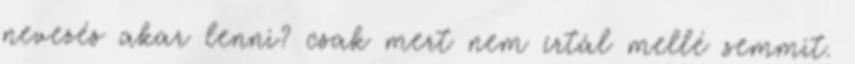
nevezés akar lenni? csak mert nem írtál mellé semmit.